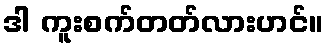
ဒါ ကူးစက်တတ်လားဟင်။